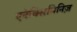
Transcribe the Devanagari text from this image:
एनेक्सिमिनिज़